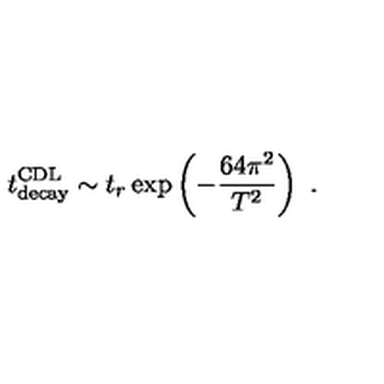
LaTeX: t _ { \mathrm { d e c a y } } ^ { \mathrm { C D L } } \sim t _ { r } \exp \left( - { \frac { 6 4 \pi ^ { 2 } } { T ^ { 2 } } } \right) \ .